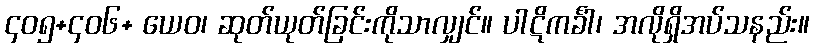
၄၀၅+၄၀၆+ ယေဝ၊ ဆုတ်ယုတ်ခြင်းကိုသာလျှင်။ ပါဋိကင်္ခါ၊ အလိုရှိအပ်သနည်း။